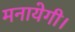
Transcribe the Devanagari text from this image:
मनायेगी।